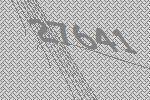
27641